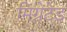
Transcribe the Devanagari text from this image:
मिग्रेटेड